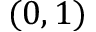
( 0 , 1 )